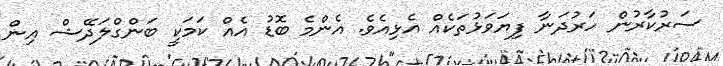
ސަރުކާރުން ހަރުދަނާ ފިޔަވަޅުތަކެއް އެޅިއެވެ. އެންމެ ބޮޑު އެއް ކަމަކީ ބަންގްލަދޭޝް އިން